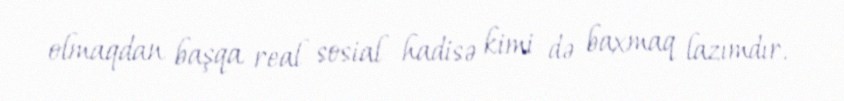
olmaqdan başqa real sosial hadisə kimi də baxmaq lazımdır.